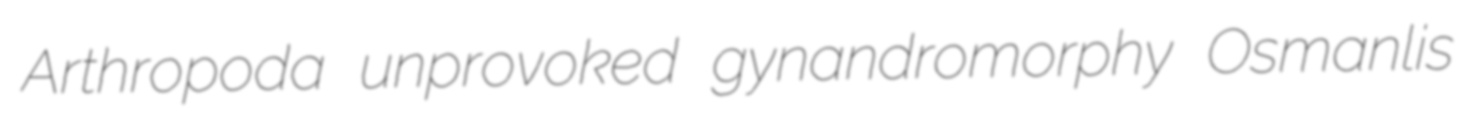
Arthropoda unprovoked gynandromorphy Osmanlis